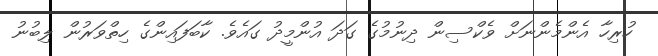
ހުރިހާ އެންމެންނަށް ވެކްސިން ދިނުމުގެ ގަދަ އުންމީދު ގައެވެ. ކާބަފައިންގެ ހިތްވަރުން ލިބުނު